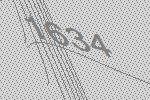
1634